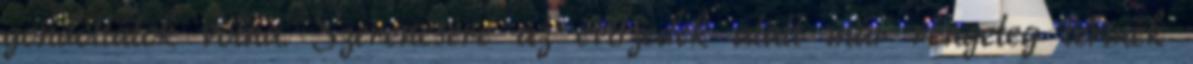
gondoltátok volna. Szerencsére az évtizedek alatt már rengeteg termék